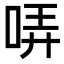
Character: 哢